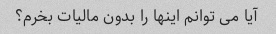
آیا می توانم اینها را بدون مالیات بخرم؟